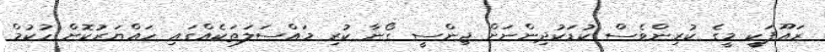
ރައޫފަކީ މީގެ ކުރިންވެސް ކުޑަކުދިންނަށް ޖިންސީ ގޯނާ ކުރި މައްސަލަތަކެއްގައި ހައްޔަރުކޮށް ހުކުމް